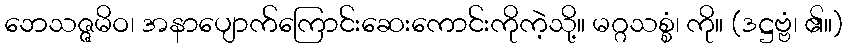
ဘေသဇ္ဇမိဝ၊ အနာပျောက်ကြောင်းဆေးကောင်းကိုကဲ့သို့။ မဂ္ဂသစ္စံ၊ ကို။ (ဒဋ္ဌဗ္ဗံ၊ ၏။)